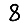
Digit: 8